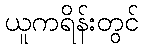
ယူကရိန်းတွင်